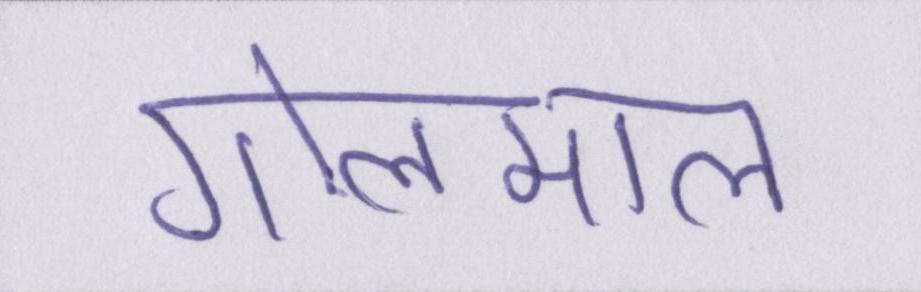
गोलमाल